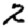
Digit: 2